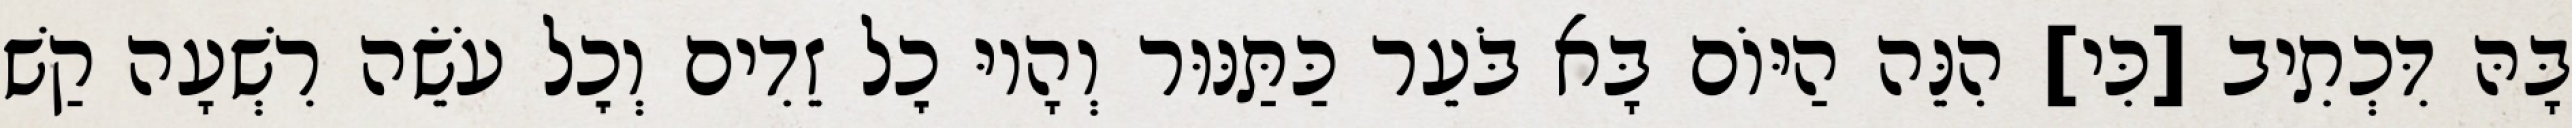
בָּהּ דִּכְתִיב [כִּי] הִנֵּה הַיּוֹם בָּא בֹּעֵר כַּתַּנּוּר וְהָיוּ כׇל זֵדִים וְכׇל עֹשֵׂה רִשְׁעָה קַשׁ